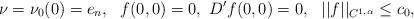
LaTeX: \begin{align*}\nu= \nu_0(0) = e_n,\ \ f(0,0)=0,\ D'f(0,0)=0,\ \ ||f||_{C^{1,\alpha}} \leq c_0,\end{align*}